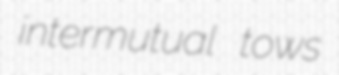
intermutual tows